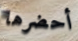
أحضرها